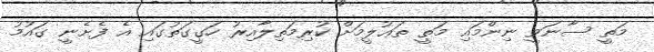
މަތީ ސާނަވީ ނިންމައި މަތީ ތަޢުލީމަށް ކުރިމަތިލާއިރު ހަގީގަތުގައި އެ ފެށެނީ ގައުމު